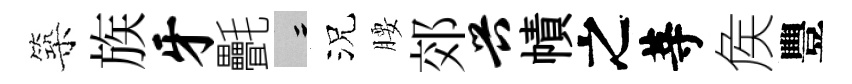
築族牙㲲律況腰郊兴幘之䓁矦豐